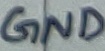
Text: GND